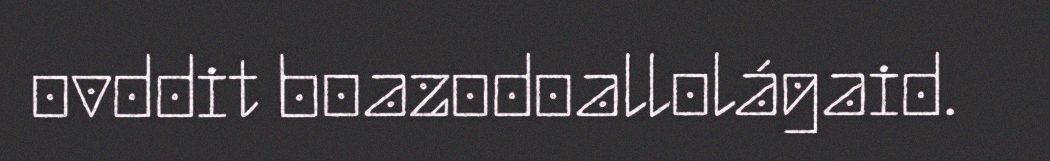
ovddit boazodoallolágaid.